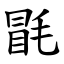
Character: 毷